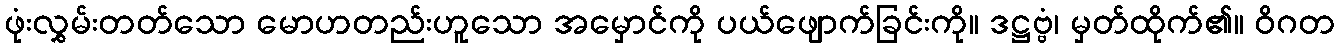
ဖုံးလွှမ်းတတ်သော မောဟတည်းဟူသော အမှောင်ကို ပယ်ဖျောက်ခြင်းကို။ ဒဋ္ဌဗ္ဗံ၊ မှတ်ထိုက်၏။ ဝိဂတ